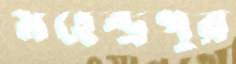
মহেন্দ্রপুর